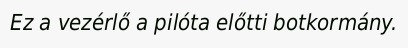
Ez a vezérlő a pilóta előtti botkormány.